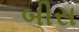
બીસ